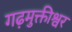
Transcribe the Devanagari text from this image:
गढ़मुक्तीश्वर